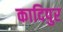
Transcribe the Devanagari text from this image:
कादिपुर